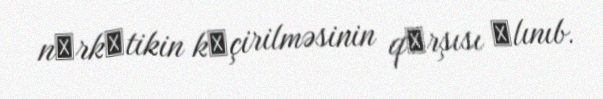
nаrkоtikin kеçirilməsinin qаrşısı аlınıb.